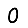
Digit: 0